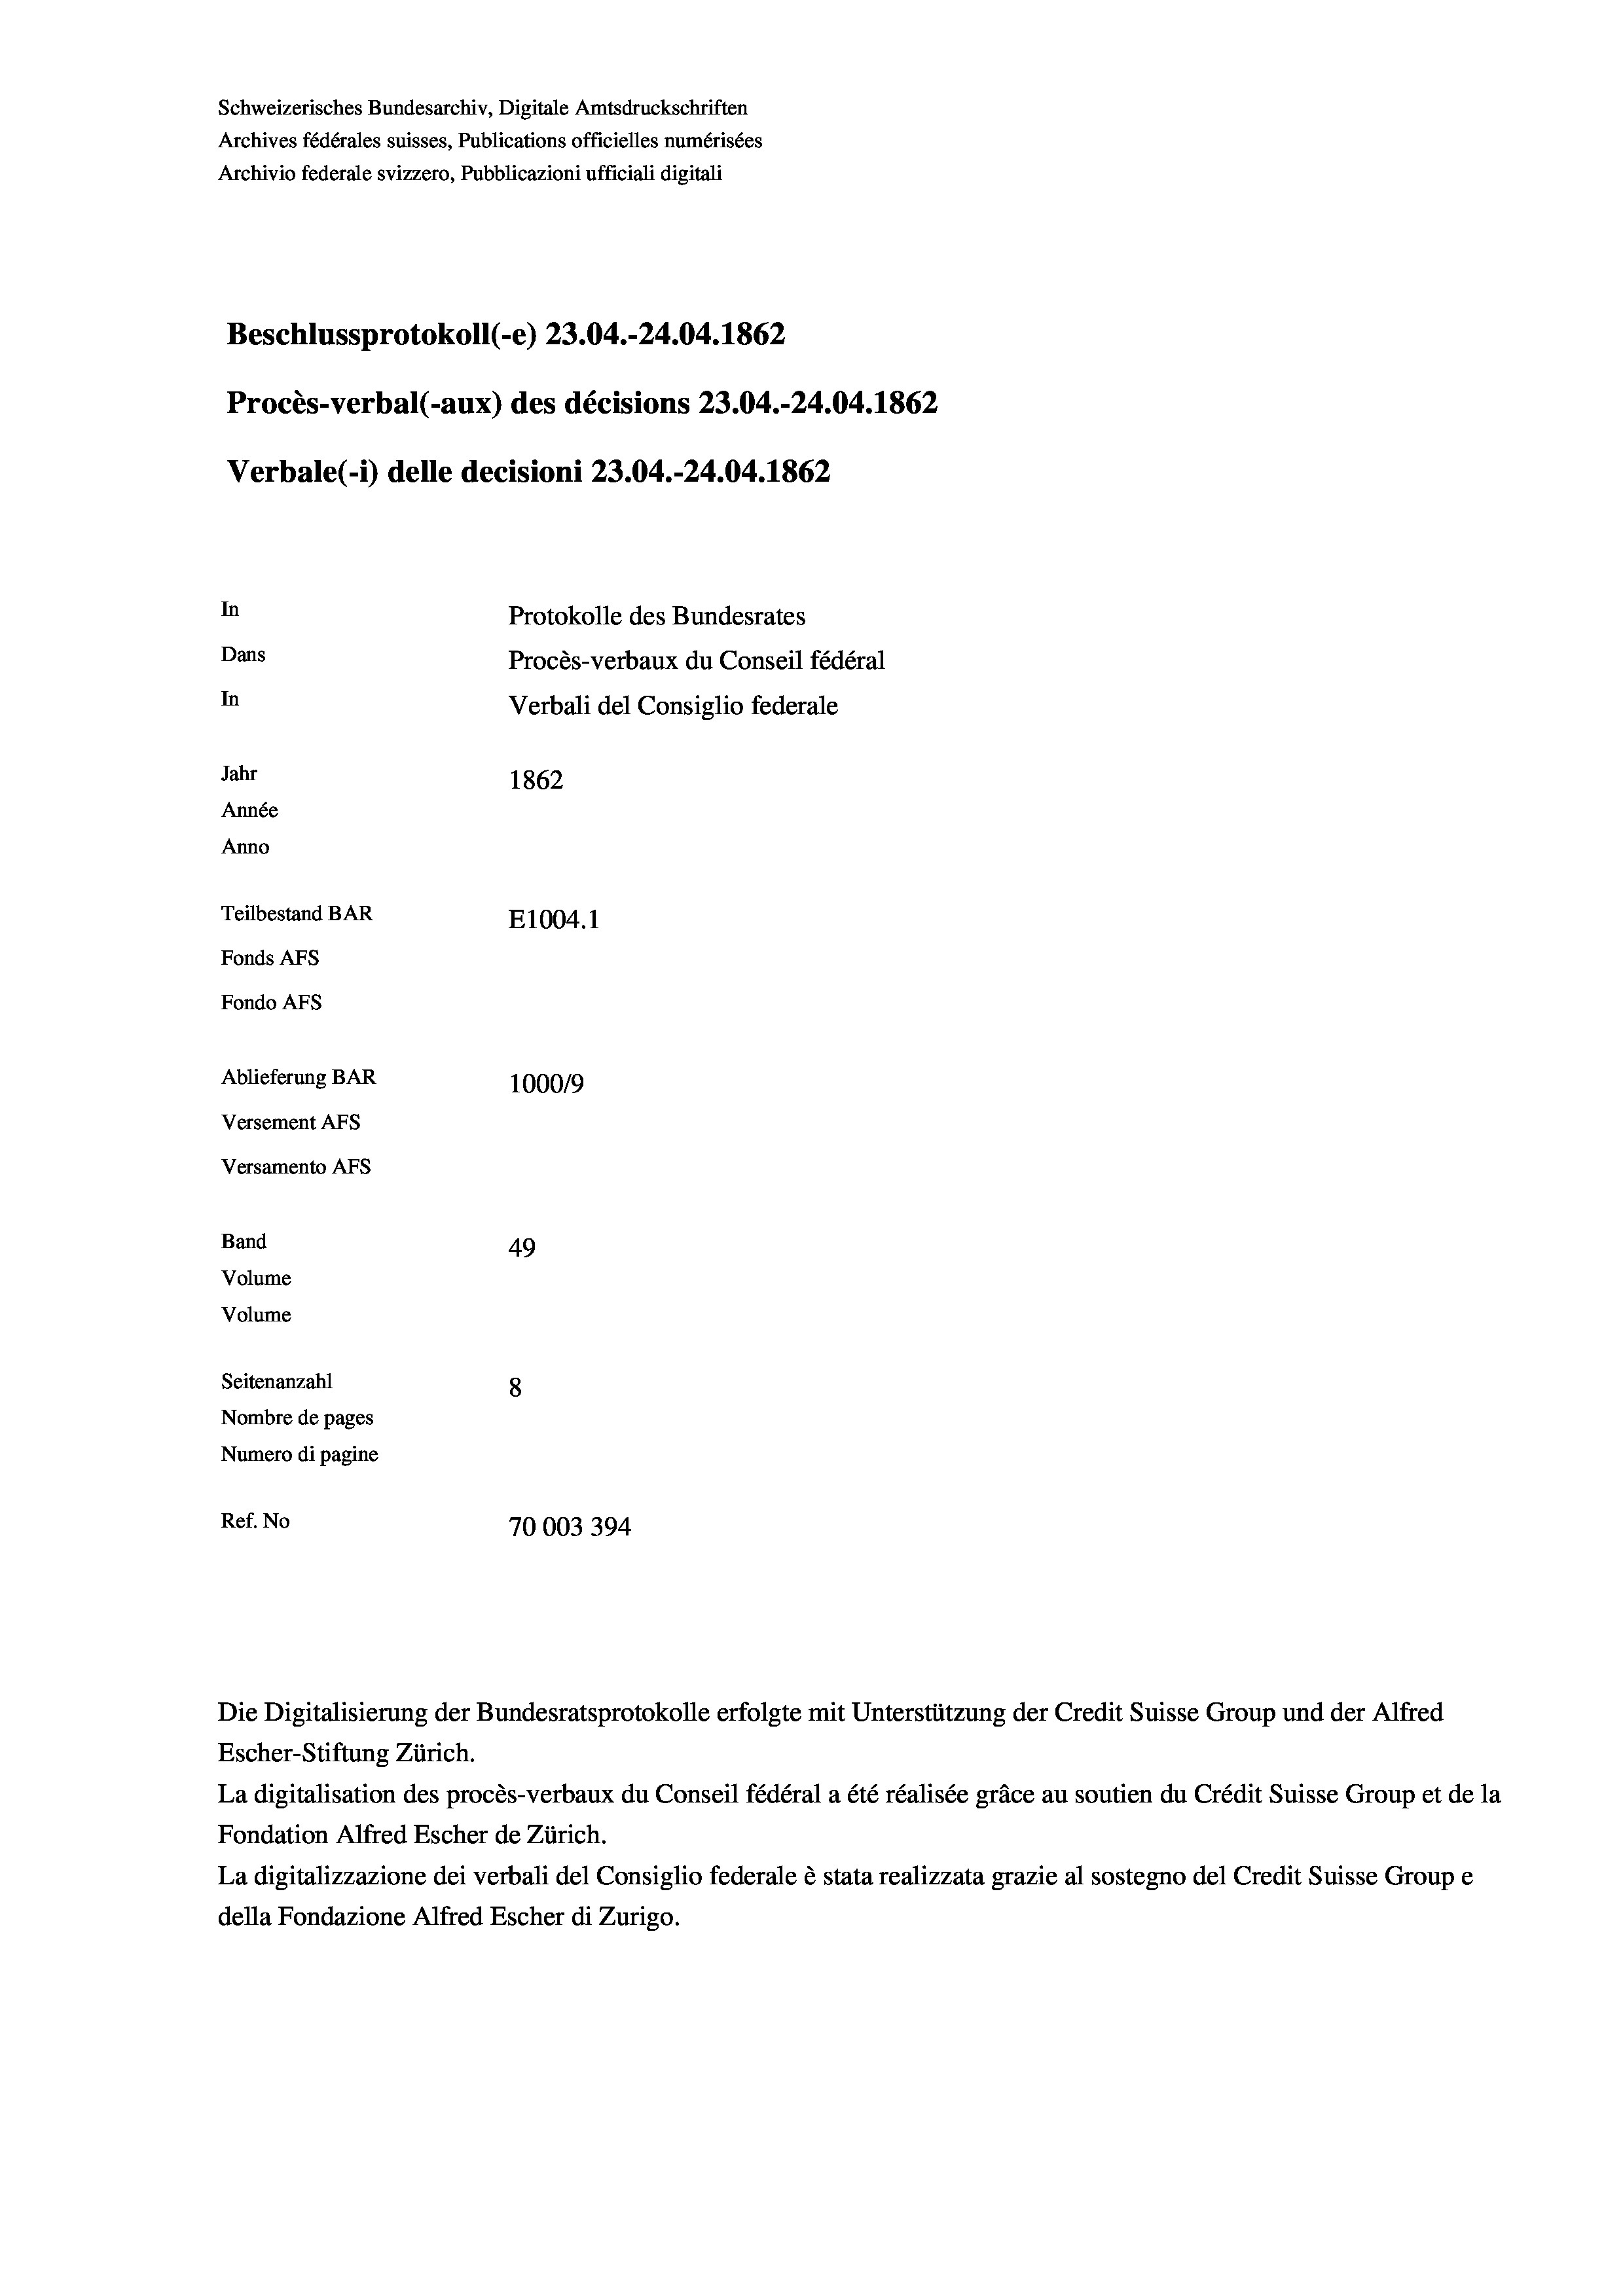
Schweizerisches Bundesarchiv, Digitale Amtsdruckschriften
Archives fédérales suisses, Publications officielles numérisées
Archivio federale svizzero, Pubblicazioni ufficiali digitali
Beschlussprotokoll (-e) 23.04.-24.04. 1862
Procès-verbal (-aux) des décisions 23.04.-24.04.1862
Verbale (1) delle decisioni 23.04.-24.04. 1862.
In
Protokolle des Bundesrates
Dans
Procès-verbaux du Conseil fédéral
In
Verbali del Consiglio federale
Jahr
1862
Année
Anno
Teilbestand BAR
E1004. 1
Fonds AFs
Fondo Afs
Ablieferung BAR
100019
Versement AFs
Versamento AFs
Band
49

Volume
Seitenanzahl
Nombre de pages
Numero di pagine

8
Ref. No
70003 394

Volume

Escher-Stiftung Zürich.

Die Digitalisierung der Bundesratsprotokolle erfolgte mit Unterstützung der Credit Suisse Group und der Alfred

La digitalisation des procès-verbaux du Conseil fédéral a été réalisée gräce au soutien du Crédit Suisse Group et de la
Fondation Alfred Escher de Zürich.
La digitalizzazione dei verbali del Consiglio federale è stata realizzata grazie al sostegno del Credit Suisse Groupe
della Fondazione Alfred Escher di Zurigo.